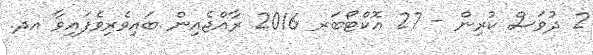
2 ދުވަސް ކުރިން - 27 އޮކްޓޯބަރ 2016 ރާއްޖެއިން ބައިވެރިވެފައިވާ އދ.